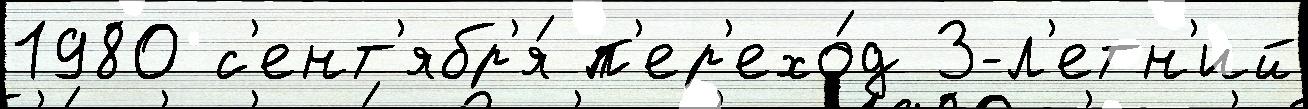
1980 с'ент'ябр'я́ п'ер'ехо́д 3-л'етн'ий